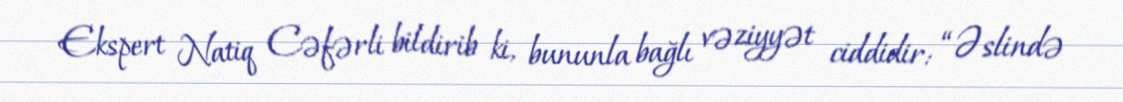
Ekspert Natiq Cəfərli bildirib ki, bununla bağlı vəziyyət ciddidir: “Əslində